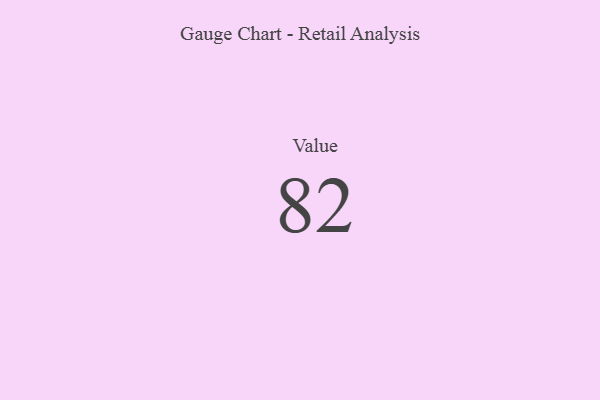
{"axis": {"x": "Metric", "y": "Value"}, "legend": [""], "data": [{"x": "Value", "y": 82, "type": ""}]}